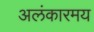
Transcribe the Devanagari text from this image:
अलंकारमय